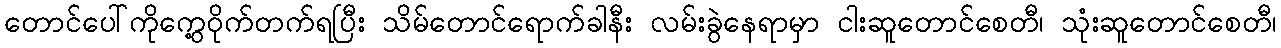
တောင်ပေါ်ကိုကွေ့ဝိုက်တက်ရပြီး သိမ်တောင်ရောက်ခါနီး လမ်းခွဲနေရာမှာ ငါးဆူတောင်စေတီ၊ သုံးဆူတောင်စေတီ၊